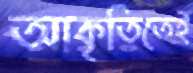
আকৃতিতেই